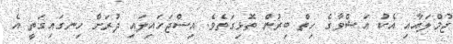
ޖުމްލައާއި އެކު އަޝްވާގެ ހިތް ބިރުން ތޮޅިގަތެވެ. އިސްޖަހައިލައި ދުރަށް ހިނގައިގަތީ އެ